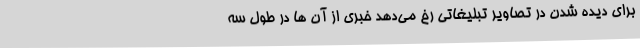
برای دیده شدن در تصاویر تبلیغاتی رخ می‌دهد خبری از آن ها در طول سه